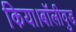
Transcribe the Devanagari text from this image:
किया।बॉलीवुड